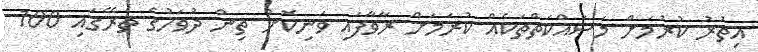
އިތުރު ކުރުމަށް މަސައްކަތްތަކެއް ކުރަމަށް ރާވާފައި ވަނިކޮށް ތިން ދުވަހުގެ ތެރޭގައި 100